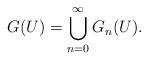
LaTeX: \begin{align*}G(U)=\bigcup_{n=0}^\infty G_n(U).\end{align*}